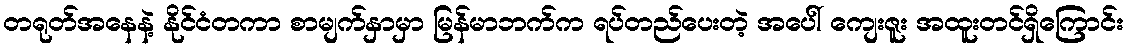
တရုတ်အနေနဲ့ နိုင်ငံတကာ စာမျက်နှာမှာ မြန်မာဘက်က ရပ်တည်ပေးတဲ့ အပေါ် ကျေးဇူး အထူးတင်ရှိကြောင်း